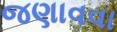
જણાવવા